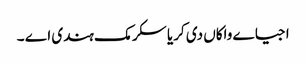
اجیاے واکاں دی کریا سکرمک ہندی اے ۔